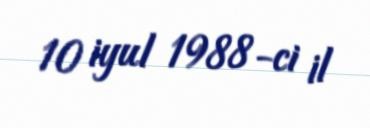
10 iyul 1988-ci il